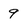
Character: 9